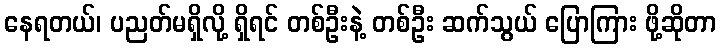
နေရတယ်၊ ပညတ်မရှိလို့ ရှိရင် တစ်ဦးနဲ့ တစ်ဦး ဆက်သွယ် ပြောကြား ဖို့ဆိုတာ